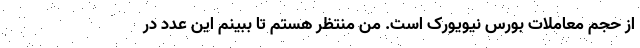
از حجم معاملات بورس نیویورک است. من منتظر هستم تا ببینم این عدد در